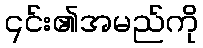
၎င်း၏အမည်ကို